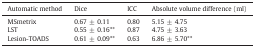
<table><thead><tr><td><b>Automatic method</b></td><td><b>Dice</b></td><td><b>ICC</b></td><td><b>Absolute volume difference (ml)</b></td></tr></thead><tbody><tr><td>MSmetrix</td><td>0.67 ± 0.11</td><td>0.80</td><td>5.15 ± 4.75</td></tr><tr><td>LST</td><td>0.55 ± 0.16**</td><td>0.87</td><td>4.75 ± 3.63</td></tr><tr><td>Lesion-TOADS</td><td>0.61 ± 0.09**</td><td>0.63</td><td>6.86 ± 5.70**</td></tr></tbody></table>